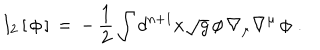
LaTeX: I _ { 2 } \, [ \, \phi \, ] \, = \, - \, { \frac { 1 } { 2 } } \int d ^ { n + 1 } x \sqrt { g } \, \phi \, \nabla _ { \mu } \nabla ^ { \mu } \, \phi \, \, .